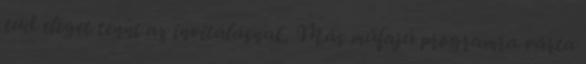
tud eleget tenni az invitálásnak. Más műfajú programra várta